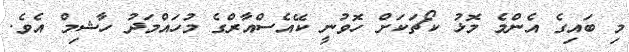
މި ބައިގެ އެންމެ މޮޅު ކޯޗަކަށް ހޮވުނީ ކޭއެސްއާރްގެ މުހައްމަދު ހާޝިމް އެވެ.